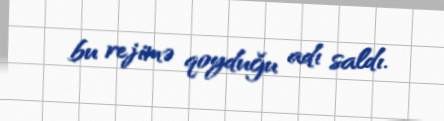
bu rejimə qoyduğu adı saldı.